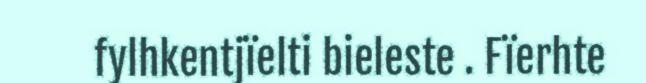
fylhkentjïelti bieleste . Fïerhte